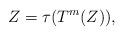
LaTeX: \begin{align*}Z = \tau(T^m(Z)), \end{align*}